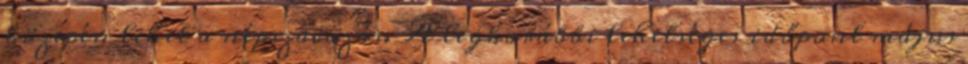
közepén lehet a népszavazás. A legkorábbi lehetséges időpont május